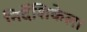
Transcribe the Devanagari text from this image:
निर्देशिकेला